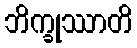
ဘိက္ခုဿာတိ